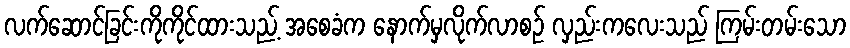
လက်ဆောင်ခြင်းကိုကိုင်ထားသည့် အစေခံက နောက်မှလိုက်လာစဉ် လှည်းကလေးသည် ကြမ်းတမ်းသော